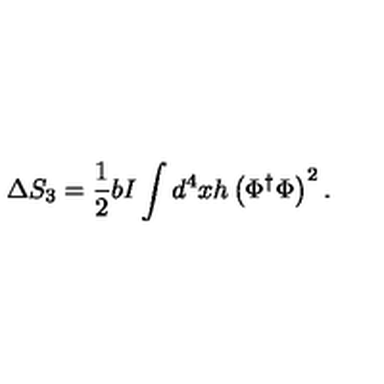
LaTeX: \Delta S _ { 3 } = \frac { 1 } { 2 } b I \int d ^ { 4 } x h \left( \Phi ^ { \dagger } \Phi \right) ^ { 2 } .